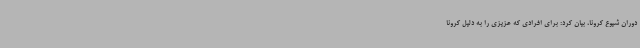
دوران شیوع کرونا، بیان کرد: برای افرادی که عزیزی را به دلیل کرونا